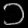
Digit: ၁